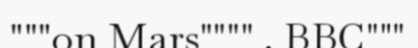
"""on Mars"""" . BBC"""